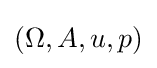
(\Omega ,A,u,p)